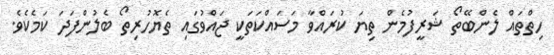
ހިތްތައް ލެންބޭތޯ ޝަރީފުމެން ތިޔަ ކުރައްވާ މަސައްކަތަކީ ޖައްވުގައި ތެޔޮހުރިތޯ ބެލުންފަދަ ކަމެކެވެ.